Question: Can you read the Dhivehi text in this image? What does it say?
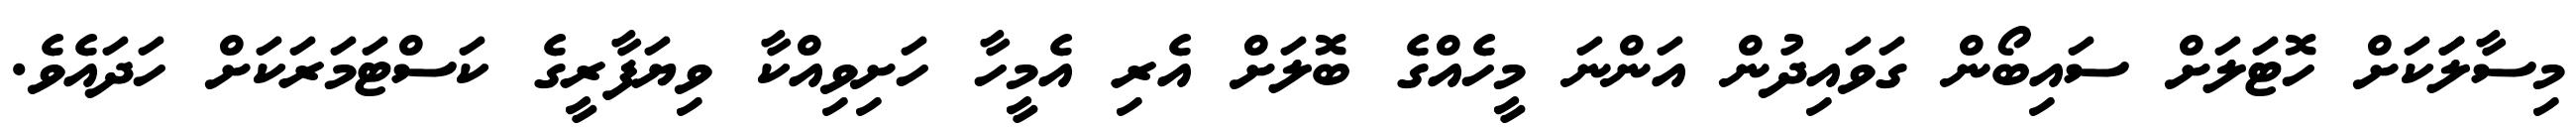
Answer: މިސާލަަކަށް ހޮޓަލަށް ސައިބޯން ގަވައިދުން އަންނަ މީހެއްގެ ބޮލަށް އެރި އެމީހާ ހަށިވިއްކާ ވިޔަފާރީގެ ކަސްޓަމަރަކަށް ހަދައެވެ.